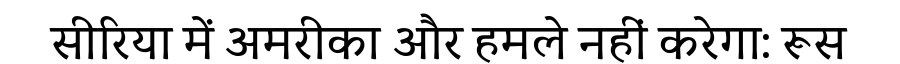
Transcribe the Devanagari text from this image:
सीरिया में अमरीका और हमले नहीं करेगा: रूस